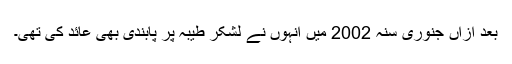
بعد ازاں جنوری سنہ 2002 میں انہوں نے لشکرِ طیبہ پر پابندی بھی عائد کی تھی۔